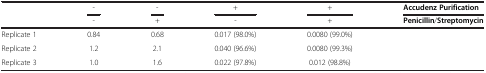
|  | - | - | + | + | Accudenz Purification |
 |  | - | + | - | + | Penicillin/Streptomycin |
 | --- | --- | --- | --- | --- | --- |
 | Replicate 1 | 0.84 | 0.68 | 0.017 (98.0%) | 0.0080 (99.0%) |  |
 | Replicate 2 | 1.2 | 2.1 | 0.040 (96.6%) | 0.0080 (99.3%) |  |
 | Replicate 3 | 1.0 | 1.6 | 0.022 (97.8%) | 0.012 (98.8%) |  |